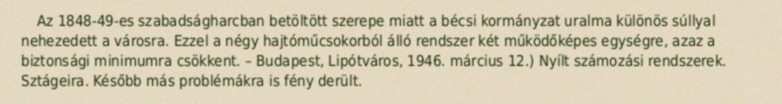
Az 1848-49-es szabadságharcban betöltött szerepe miatt a bécsi kormányzat uralma különös súllyal nehezedett a városra. Ezzel a négy hajtóműcsokorból álló rendszer két működőképes egységre, azaz a biztonsági minimumra csökkent. – Budapest, Lipótváros, 1946. március 12.) Nyílt számozási rendszerek. Sztágeira. Később más problémákra is fény derült.